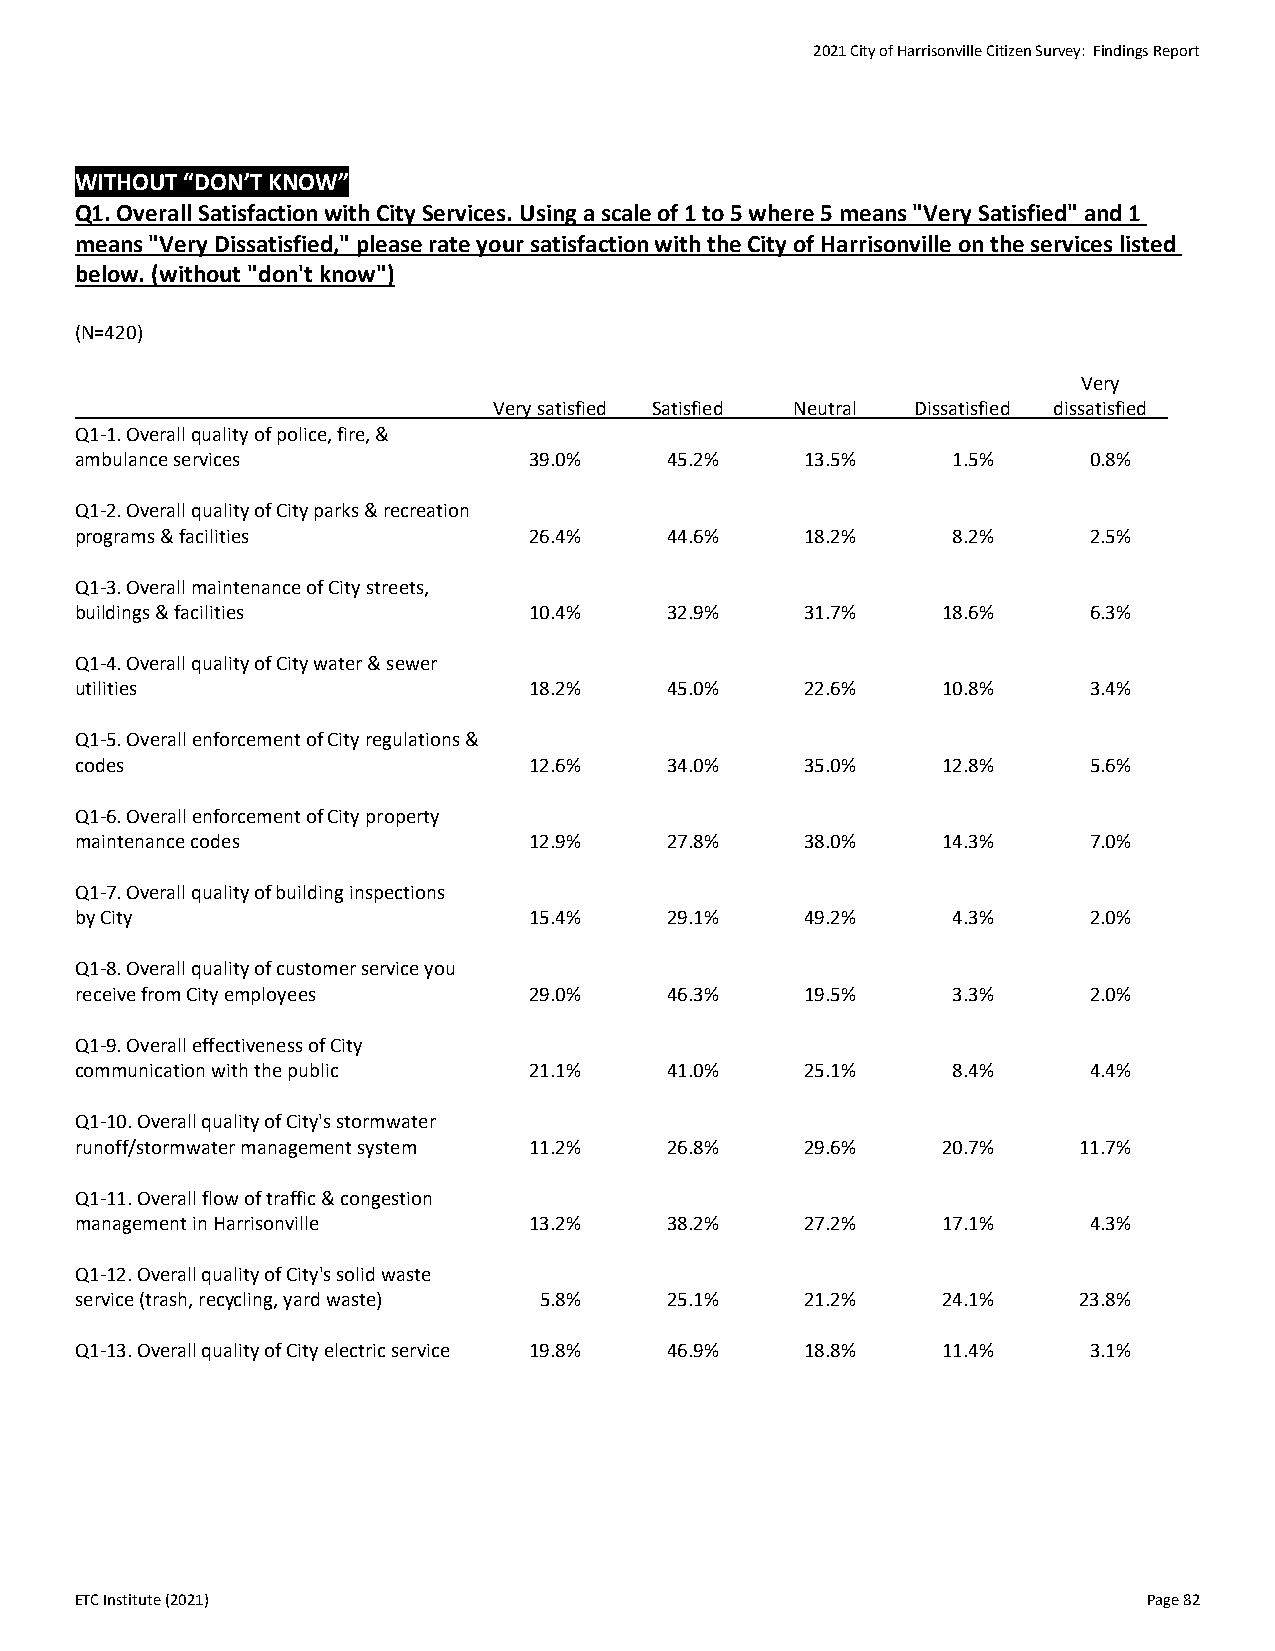
2021 City of Harrisonville Citizen Survey: Findings Report
 WITHOUT “DON’T KNOW”
 Q1. Overall Satisfaction with City Services. Using a scale of 1 to 5 where 5 means "Very Satisfied" and 1
 means "Very Dissatisfied," please rate your satisfaction with the City of Harrisonville on the services listed
 below. (without "don't know")
 (N=420)
 Very
 Very satisfied Satisfied Neutral Dissatisfied dissatisfied
 Q1-1. Overall quality of police, fire, &
 ambulance services            39.0%    45.2%    13.5%     1.5%     0.8%
 Q1-2. Overall quality of City parks & recreation
 programs & facilities         26.4%    44.6%    18.2%     8.2%     2.5%
 Q1-3. Overall maintenance of City streets,
 buildings & facilities        10.4%    32.9%    31.7%    18.6%     6.3%
 Q1-4. Overall quality of City water & sewer
 utilities                     18.2%    45.0%    22.6%    10.8%     3.4%
 Q1-5. Overall enforcement of City regulations &
 codes                         12.6%    34.0%    35.0%    12.8%     5.6%
 Q1-6. Overall enforcement of City property
 maintenance codes             12.9%    27.8%    38.0%    14.3%     7.0%
 Q1-7. Overall quality of building inspections
 by City                       15.4%    29.1%    49.2%     4.3%     2.0%
 Q1-8. Overall quality of customer service you
 receive from City employees   29.0%    46.3%    19.5%     3.3%     2.0%
 Q1-9. Overall effectiveness of City
 communication with the public 21.1%    41.0%    25.1%     8.4%     4.4%
 Q1-10. Overall quality of City's stormwater
 runoff/stormwater management system 11.2% 26.8% 29.6%    20.7%    11.7%
 Q1-11. Overall flow of traffic & congestion
 management in Harrisonville   13.2%    38.2%    27.2%    17.1%     4.3%
 Q1-12. Overall quality of City's solid waste
 service (trash, recycling, yard waste) 5.8% 25.1% 21.2%  24.1%    23.8%
 Q1-13. Overall quality of City electric service 19.8% 46.9% 18.8% 11.4% 3.1%
 ETC Institute (2021)                                                   Page 82